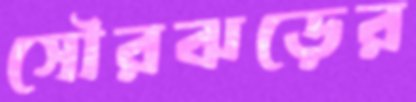
সৌরঝড়ের